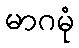
မာဂမုံ